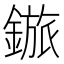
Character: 𬫽